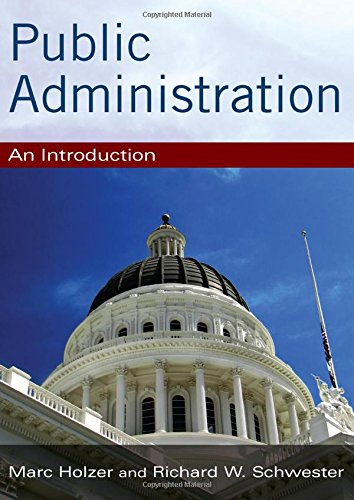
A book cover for Public Administration: An Introduction; Marc Holzer; Politics & Social Sciences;